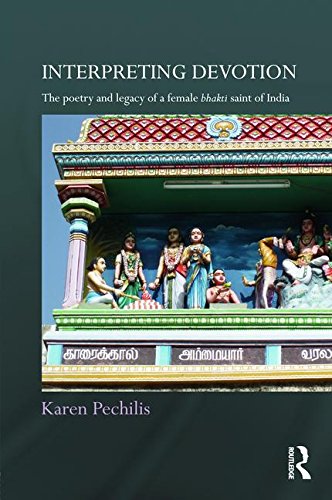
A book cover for Interpreting Devotion: The Poetry and Legacy of a Female Bhakti Saint of India; Karen Pechilis; Religion & Spirituality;